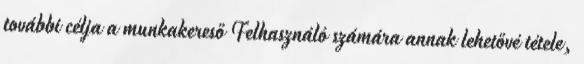
további célja a munkakereső Felhasználó számára annak lehetővé tétele,